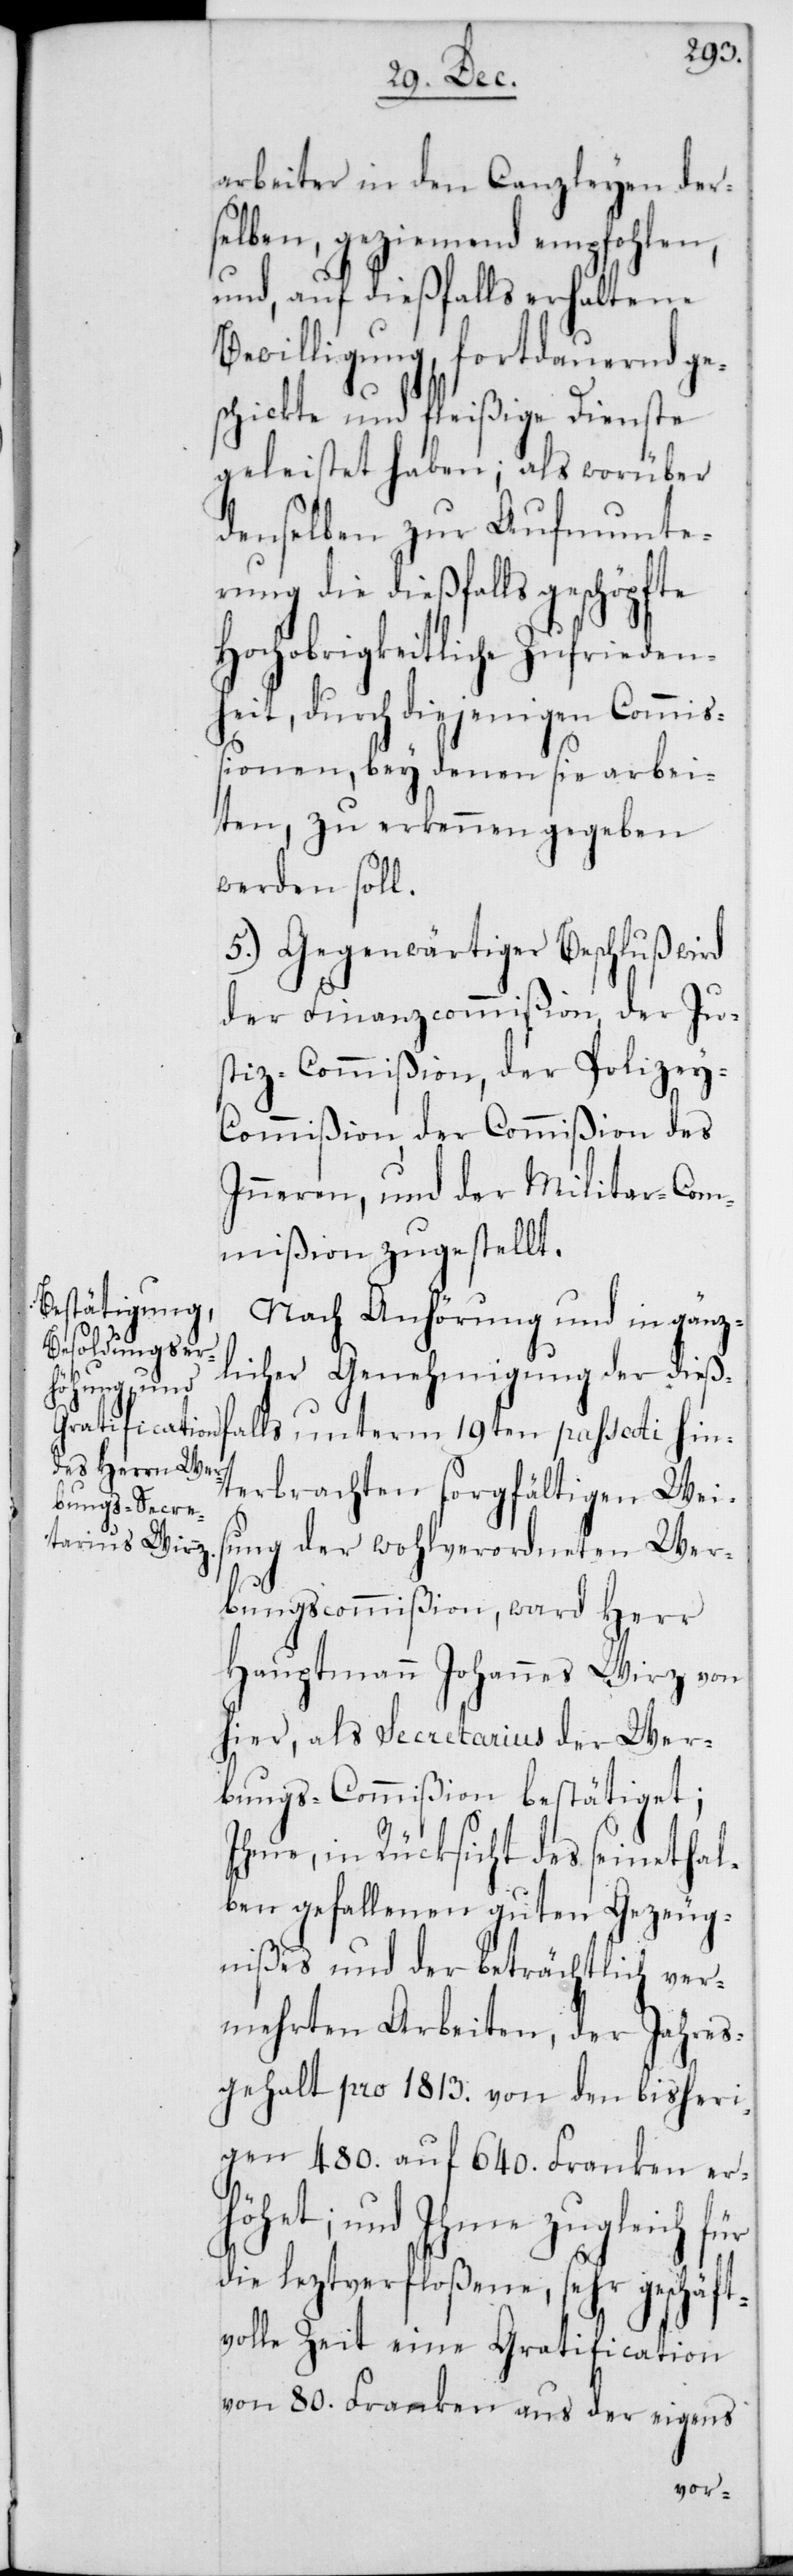
arbeiter in den Canzleyen der¬
selben, geziemend empfohlen,
und, auf dießfalls erhaltene
Bewilligung, fortdauernd ges¬
chickte und fleißige Dienste
geleistet haben; als worüber
denselben zur Aufmunte¬
rung die dießfalls geschöpfte
Hochobrigkeitliche Zufrieden¬
heit, durch diejenigen Commiß¬
ionen, bey denen sie arbei¬
ten, zu erkennen gegeben
werden soll.
5.) Gegenwärtiger Beschluß wird
der Finanzcommißion, der Ju¬
stiz-Commißion, der Polizey-C¬
ommißion, der Commißion des
Inneren, und der Militar-Com¬
mißion zugestellt.
Nach Anhörung und in gänz¬
licher Genehmigung der dieß¬
falls unterm 19ten passati hin¬
terbrachten sorgfältigen Wei¬
sung der wohlverordneten Wer¬
bungscommißion, ward Herr
Hauptmann Johannes Wirz von
hier, als Secretarius der Wer¬
bungs-Commißion bestätiget;
Ihme, in Rücksicht des seinethal¬
ben gefallenen guten Gezeug¬
nißes und der beträchtlich ver¬
mehrten Arbeiten, der Jahres¬
gehalt pro 1813. von den bisheri¬
gen 480. auf 640. Franken er¬
höhet; und Ihme zugleich für
die leztverfloßene, sehr geschäft¬
volle Zeit eine Gratification
von 80. Franken aus der eigens